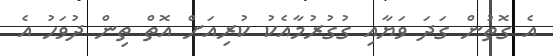
އެ ގޮތުން ގަދަ ވަޔާއި ގުގުރުމާއެކު ކުރިއަށް އޮތް ތިން ދުވަހު އެ